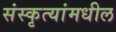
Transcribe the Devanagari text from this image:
संस्कृत्यांमधील